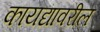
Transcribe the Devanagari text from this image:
कायद्यावरील